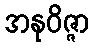
အနုဝိဇ္ဇာ